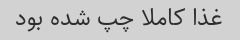
غذا کاملا چپ شده بود